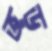
ভড়